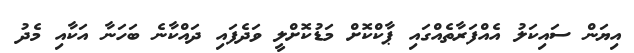
އިޔަން ސައިކަލު އެއްފަރާތެއްގައި ޕާކްކޮށް މަޑުކޮށްލީ ވަދެފައި ދައްކާނެ ބަހަނާ އަކާއި މެދު